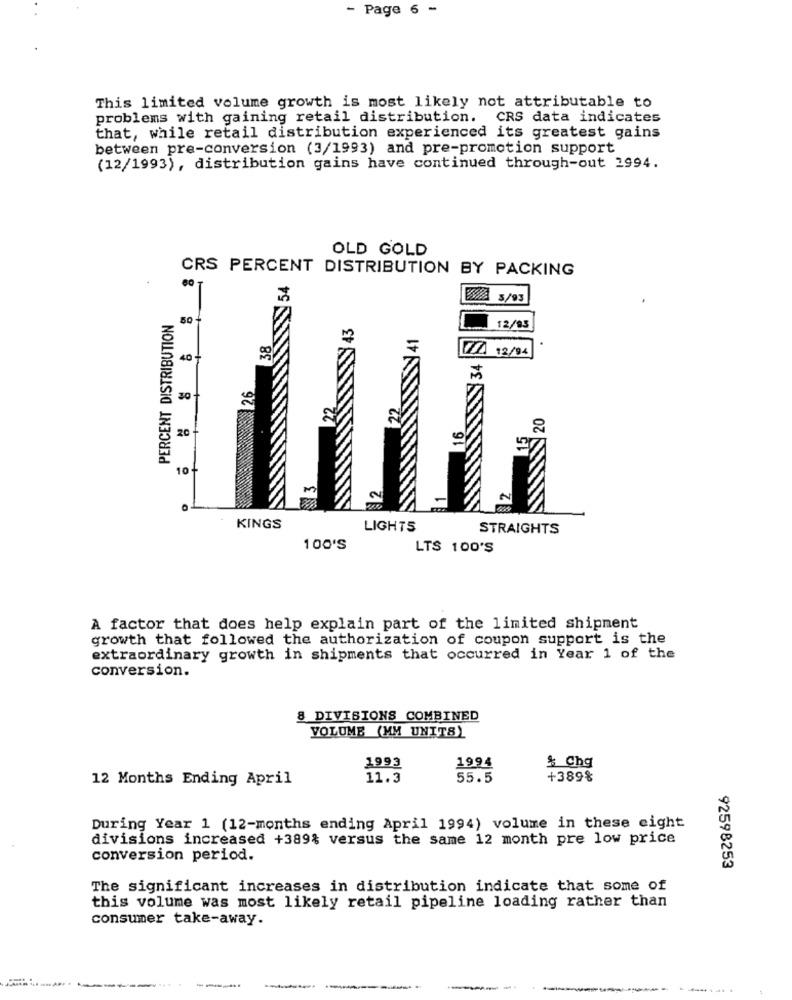
- Page 6 -
This limited volume growth is most likely not attributable to
problems with gaining retail distribution. CRS data indicates
that, while retail distribution experienced its greatest gains
between pre-conversion (3/1993) and pre-promotion support
(12/1993), distribution gains have continued through-out 2994.
OLD GOLD
CRS PERCENT DISTRIBUTION BY PACKING
54
WA 3/93
PERCENT DISTRIBUTION
12/85
40 +
V/A 12/94
30
20
20
10+
KINGS
LIGHTS
STRAIGHTS
100'S
LTS 100'S
A factor that does help explain part of the limited shipment
growth that followed the authorization of coupon support is the
extraordinary growth in shipments that occurred in Year 1 of the
conversion.
8 DIVISIONS COMBINED
VOLUME (MM UNITS)
1993
1994
& Chg
12 Months Ending April
11.3
55.5
+389%
During Year 1 (12-months ending April 1994) volume in these eight
divisions increased +389% versus the same 12 month pre low price
conversion period.
92598253
The significant increases in distribution indicate that some of
this volume was most likely retail pipeline loading rather than
consumer take-away.
--
-----..